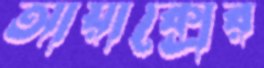
আয়াক্সের